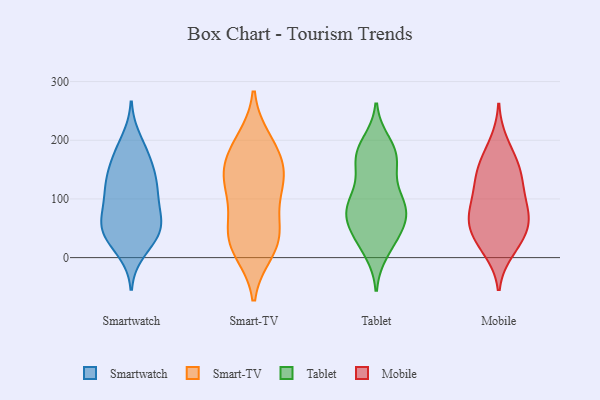
{"axis": {"x": "Churn Rate (%)", "y": "Value"}, "legend": ["Mobile", "Smart-TV", "Smartwatch", "Tablet"], "data": [{"x": "", "y": 130, "type": "Smartwatch"}, {"x": "", "y": 42, "type": "Smartwatch"}, {"x": "", "y": 163, "type": "Smartwatch"}, {"x": "", "y": 173, "type": "Smartwatch"}, {"x": "", "y": 100, "type": "Smartwatch"}, {"x": "", "y": 48, "type": "Smartwatch"}, {"x": "", "y": 128, "type": "Smartwatch"}, {"x": "", "y": 101, "type": "Smartwatch"}, {"x": "", "y": 30, "type": "Smartwatch"}, {"x": "", "y": 56, "type": "Smartwatch"}, {"x": "", "y": 200, "type": "Smartwatch"}, {"x": "", "y": 126, "type": "Smartwatch"}, {"x": "", "y": 58, "type": "Smartwatch"}, {"x": "", "y": 11, "type": "Smartwatch"}, {"x": "", "y": 68, "type": "Smartwatch"}, {"x": "", "y": 126, "type": "Smartwatch"}, {"x": "", "y": 176, "type": "Smartwatch"}, {"x": "", "y": 72, "type": "Smartwatch"}, {"x": "", "y": 35, "type": "Smartwatch"}, {"x": "", "y": 192, "type": "Smart-TV"}, {"x": "", "y": 43, "type": "Smart-TV"}, {"x": "", "y": 14, "type": "Smart-TV"}, {"x": "", "y": 131, "type": "Smart-TV"}, {"x": "", "y": 131, "type": "Smart-TV"}, {"x": "", "y": 164, "type": "Smart-TV"}, {"x": "", "y": 37, "type": "Smart-TV"}, {"x": "", "y": 118, "type": "Smart-TV"}, {"x": "", "y": 200, "type": "Smart-TV"}, {"x": "", "y": 10, "type": "Smart-TV"}, {"x": "", "y": 131, "type": "Smart-TV"}, {"x": "", "y": 39, "type": "Smart-TV"}, {"x": "", "y": 168, "type": "Smart-TV"}, {"x": "", "y": 75, "type": "Smart-TV"}, {"x": "", "y": 20, "type": "Tablet"}, {"x": "", "y": 35, "type": "Tablet"}, {"x": "", "y": 195, "type": "Tablet"}, {"x": "", "y": 99, "type": "Tablet"}, {"x": "", "y": 174, "type": "Tablet"}, {"x": "", "y": 47, "type": "Tablet"}, {"x": "", "y": 89, "type": "Tablet"}, {"x": "", "y": 101, "type": "Tablet"}, {"x": "", "y": 156, "type": "Tablet"}, {"x": "", "y": 84, "type": "Tablet"}, {"x": "", "y": 75, "type": "Tablet"}, {"x": "", "y": 181, "type": "Tablet"}, {"x": "", "y": 142, "type": "Tablet"}, {"x": "", "y": 11, "type": "Tablet"}, {"x": "", "y": 176, "type": "Tablet"}, {"x": "", "y": 50, "type": "Tablet"}, {"x": "", "y": 76, "type": "Tablet"}, {"x": "", "y": 174, "type": "Tablet"}, {"x": "", "y": 91, "type": "Tablet"}, {"x": "", "y": 63, "type": "Tablet"}, {"x": "", "y": 153, "type": "Mobile"}, {"x": "", "y": 73, "type": "Mobile"}, {"x": "", "y": 21, "type": "Mobile"}, {"x": "", "y": 12, "type": "Mobile"}, {"x": "", "y": 149, "type": "Mobile"}, {"x": "", "y": 64, "type": "Mobile"}, {"x": "", "y": 128, "type": "Mobile"}, {"x": "", "y": 97, "type": "Mobile"}, {"x": "", "y": 29, "type": "Mobile"}, {"x": "", "y": 125, "type": "Mobile"}, {"x": "", "y": 97, "type": "Mobile"}, {"x": "", "y": 166, "type": "Mobile"}, {"x": "", "y": 61, "type": "Mobile"}, {"x": "", "y": 52, "type": "Mobile"}, {"x": "", "y": 195, "type": "Mobile"}, {"x": "", "y": 61, "type": "Mobile"}]}